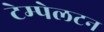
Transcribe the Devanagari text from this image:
टेम्पेलटन